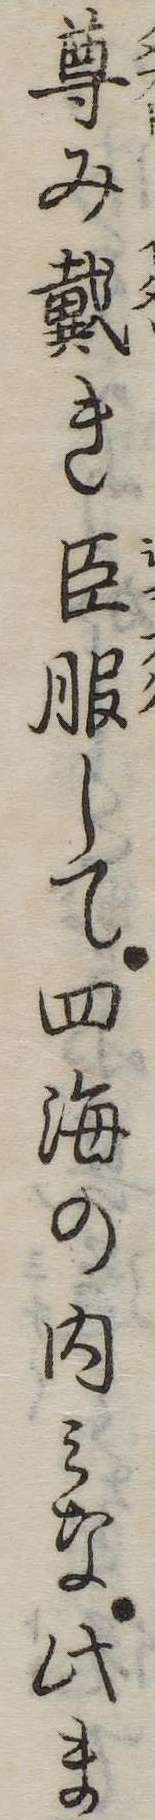
尊み戴き臣服して四海の内みな此ま